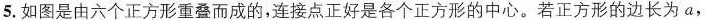
5.如图是由六个正方形重叠而成的，连接点正好是各个正方形的中心。若正方形的边长为a，